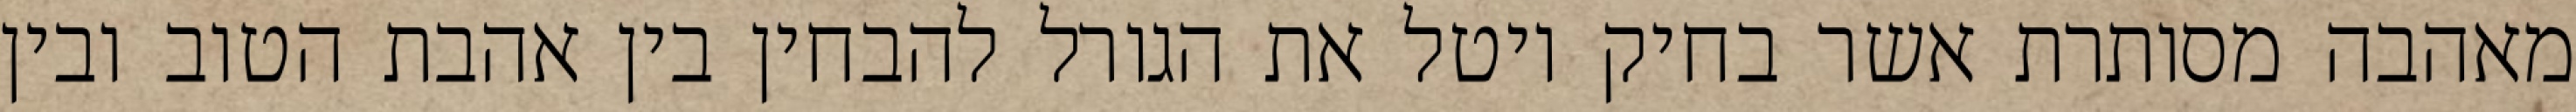
מאהבה מסותרת אשר בחיק יוטל את הגורל להבחין בין אהבת הטוב ובין